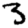
Digit: 3